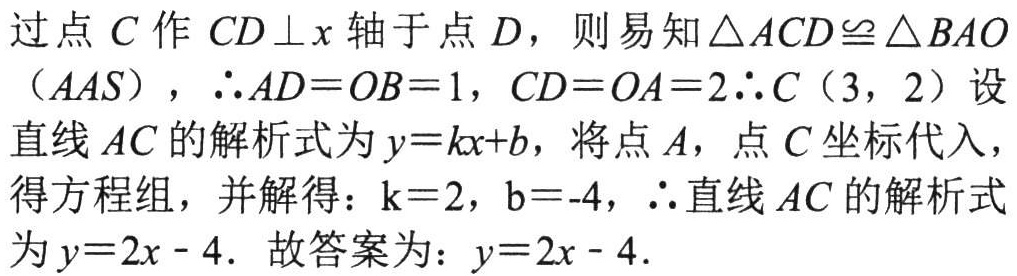
过点\(C\)作\(CD\perp x\)轴于点\(D\)，则易知\(\triangle ACD\cong\triangle BAO\)（\(AAS\)），\(\therefore AD = OB = 1\)，\(CD = OA = 2\)\(\therefore C(3,2)\)设直线\(AC\)的解析式为\(y = kx + b\)，将点\(A\)，点\(C\)坐标代入，得方程组，并解得：\(k = 2\)，\(b = - 4\)，\(\therefore\)直线\(AC\)的解析式为\(y = 2x - 4\)．故答案为：\(y = 2x - 4\)．